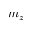
m _ { z }